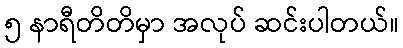
၅ နာရီတိတိမှာ အလုပ် ဆင်းပါတယ်။